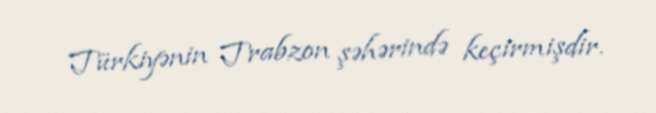
Türkiyənin Trabzon şəhərində keçirmişdir.